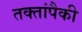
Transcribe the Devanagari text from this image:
तक्तांपैकी